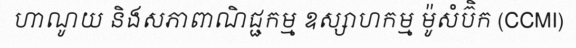
ហាណូយ និងសភាពាណិជ្ជកម្ម ឧស្សាហកម្ម ម៉ូសំប៊ិក (CCMI)